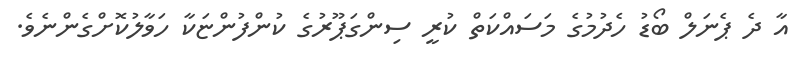
އާ ދެ ޕެނަލް ބޯޑު ހެދުމުގެ މަސައްކަތް ކުރީ ސިންގަޕޫރުގެ ކުންފުންޏަކާ ހަވާލުކޮށްގެންނެވެ.